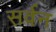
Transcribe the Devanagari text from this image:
सर्वन